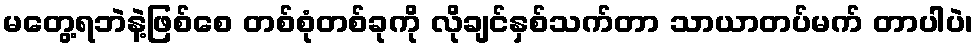
မတွေ့ရဘဲနဲ့ဖြစ်စေ တစ်စုံတစ်ခုကို လိုချင်နှစ်သက်တာ သာယာတပ်မက် တာပါပဲ၊